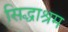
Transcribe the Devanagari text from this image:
सिद्धाश्रम